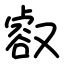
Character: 㕡